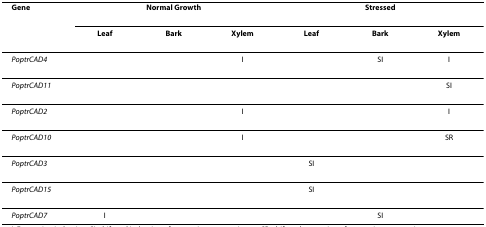
| Gene | <COLSPAN=3> Normal Growth | <COLSPAN=3> Stressed |
 |  | Leaf | Bark | Xylem | Leaf | Bark | Xylem |
 | --- | --- | --- | --- | --- | --- | --- |
 | PoptrCAD4 |  |  | I |  | SI | I |
 | PoptrCAD11 |  |  |  |  |  | SI |
 | PoptrCAD2 |  |  | I |  |  | I |
 | PoptrCAD10 |  |  | I |  |  | SR |
 | PoptrCAD3 |  |  |  | SI |  |  |
 | PoptrCAD15 |  |  |  | SI |  |  |
 | PoptrCAD7 | I |  |  |  | SI |  |